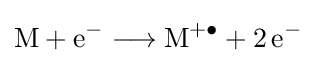
{\mathrm {M} {}+{}\mathrm {e} {\vphantom {A}}^{-}{}\mathrel {\longrightarrow } {}\mathrm {M} {\vphantom {A}}^{+\bullet }{}+{}2\,\mathrm {e} {\vphantom {A}}^{-}}